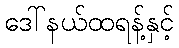
ဒေါ်နယ်ထရန့်နှင့်